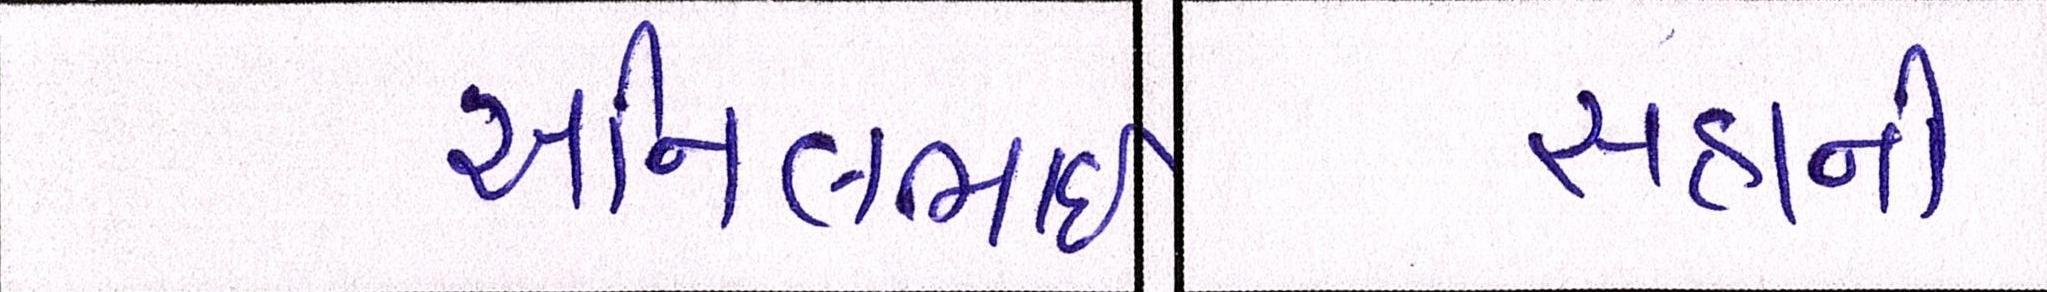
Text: સહાની